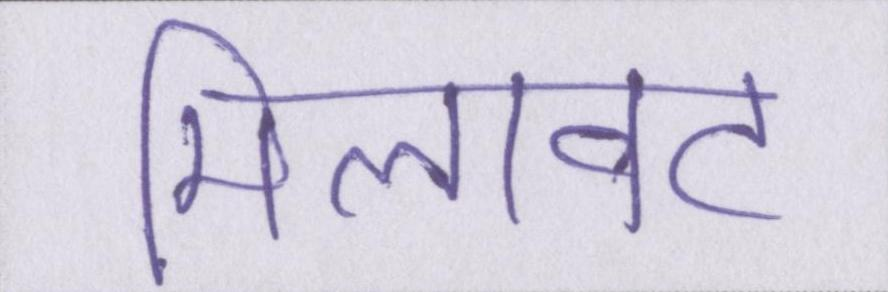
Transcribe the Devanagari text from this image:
मिलावट